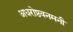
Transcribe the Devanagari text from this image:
अधरोष्ठवनमनी